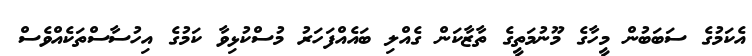
އެކަމުގެ ސަބަބުން މީހާގެ މޫނުމަތީގެ ތާޒާކަން ގެއްލި ބައެއްފަހަރު މުސްކުޅިވާ ކަމުގެ އިހުސާސްތަކެއްވެސް